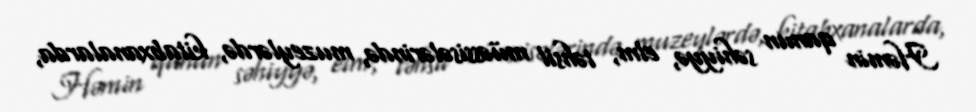
Həmin qanun səhiyyə, elm, təhsil müəssisələrində, muzeylərdə, kitabxanalarda,